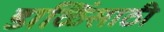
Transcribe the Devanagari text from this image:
डाळिंसाठी